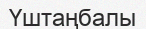
Үштаңбалы